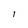
Character: l